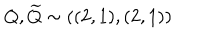
Q , { \widetilde { Q } } \sim ( ( 2 , 1 ) , ( 2 , 1 ) )